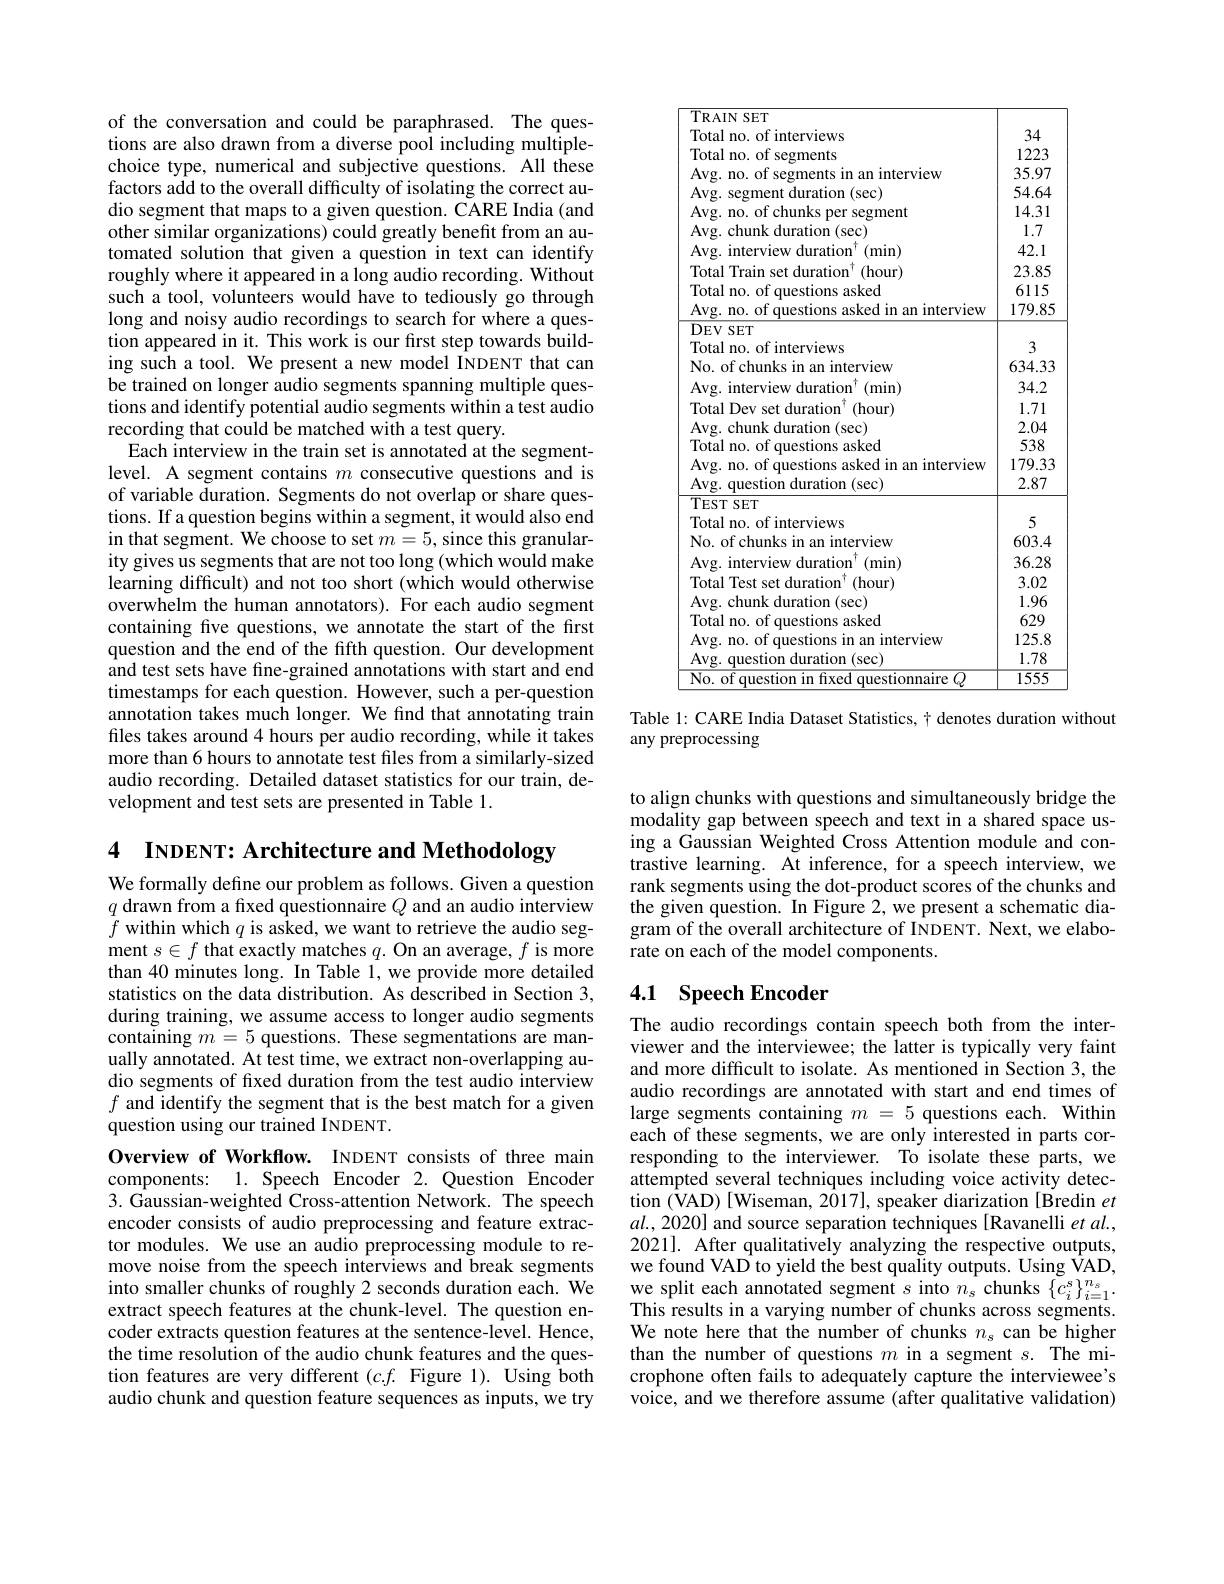
of the conversation and could be paraphrased. The questions are also drawn from a diverse pool including multiplechoice type, numerical and subjective questions. All these factors add to the overall difficulty of isolating the correct audio segment that maps to a given question. CARE India (and other similar organizations) could greatly benefit from an automated solution that given a question in text can identify roughly where it appeared in a long audio recording. Without such a tool, volunteers would have to tediously go through long and noisy audio recordings to search for where a question appeared in it. This work is our first step towards building such a tool. We present a new model INDENT that can be trained on longer audio segments spanning multiple questions and identify potential audio segments within a test audio recording that could be matched with a test query.
Each interview in the train set is annotated at the segmentlevel. A segment contains $m$ consecutive questions and is of variable duration. Segments do not overlap or share questions. If a question begins within a segment, it would also end in that segment. We choose to set $m=5$, since this granularity gives us segments that are not too long (which would make learning difficult) and not too short (which would otherwise overwhelm the human annotators). For each audio segment containing five questions, we annotate the start of the first question and the end of the ffth question. Our development and test sets have fine-grained annotations with start and end timestamps for each question. However, such a per-question annotation takes much longer. We find that annotating train files takes around 4 hours per audio recording, while it takes more than 6 hours to annotate test files from a similarly-sized audio recording. Detailed dataset statistics for our train, development and test sets are presented in Table 1.

4 INDENT: Architecture and Methodology

We formally define our problem as follows. Given a question $\begin{array}{l}q\text{ drawn from a fixed questionnaire }Q\text{ and an audio interview}\\f\text{ within which }q\text{ is asked, we want to retrieve the audio seg-}\\\end{array}$ ment $s\in f$ that exactly matches $q.$ On an average, $f$ is more than 40 minutes long. In Table 1, we provide more detailed statistics on the data distribution. As described in Section 3, during training, we assume access to longer audio segments containing $m=5$ questions. These segmentations are manually annotated. At test time, we extract non-overlapping audio segments of fxed duration from the test audio interview $f$ and identify the segment that is the best match for a given question using our trained INDENT.
Overview of Workflow. INDENT consists of three main components: 1. Speech Encoder 2. Question Encoder 3. Gaussian-weighted Cross-attention Network. The speech encoder consists of audio preprocessing and feature extractor modules. We use an audio preprocessing module to remove noise from the speech interviews and break segments into smaller chunks of roughly 2 seconds duration each. We extract speech features at the chunk-level. The question encoder extracts question features at the sentence-level. Hence, the time resolution of the audio chunk features and the question features are very different $(c.f.$ Figure 1). Using both audio chunk and question feature sequences as inputs, we try

<table>
	<tbody>
		<tr>
			<td>$TRAINSET$</td>
			<td> </td>
		</tr>
		<tr>
			<td>rotal mr $1f$ V1ews</td>
			<td>34</td>
		</tr>
		<tr>
			<td>10ta $n0.$ $Of$ ments</td>
			<td>1223</td>
		</tr>
		<tr>
			<td>$mo$ 1M an 1mte V1ew</td>
			<td>35.97</td>
		</tr>
		<tr>
			<td>Avg. segment duration (sec)</td>
			<td>54.64</td>
		</tr>
		<tr>
			<td>chunks A $0f$ segment</td>
			<td>14.31</td>
		</tr>
		<tr>
			<td>Avg. chunk duration (sec)</td>
			<td>1.7</td>
		</tr>
		<tr>
			<td>Avg. interview duration (min</td>
			<td>42.1</td>
		</tr>
		<tr>
			<td>Total Train set duration (hour)</td>
			<td>23.85</td>
		</tr>
		<tr>
			<td>asked |mtal $n0.$</td>
			<td>6115</td>
		</tr>
		<tr>
			<td>Avg. no. of questions asked in an interview</td>
			<td>179.85</td>
		</tr>
		<tr>
			<td>$\overline{\mathrm{DEVSET}}$</td>
			<td> </td>
		</tr>
		<tr>
			<td>views 10ta $n0$</td>
			<td>3</td>
		</tr>
		<tr>
			<td>interview Na $0^{\dagger}$</td>
			<td>634.33</td>
		</tr>
		<tr>
			<td>Avg. interview duration (min</td>
			<td>34.2</td>
		</tr>
		<tr>
			<td>Total Dev set duration (hour)</td>
			<td>1.71</td>
		</tr>
		<tr>
			<td> </td>
			<td>1.11</td>
		</tr>
		<tr>
			<td>$0n$ (sec)</td>
			<td>2.04</td>
		</tr>
		<tr>
			<td>asked Mtal</td>
			<td>538</td>
		</tr>
		<tr>
			<td>interv1ew</td>
			<td>179.33</td>
		</tr>
		<tr>
			<td>Avg. question duration (sec)</td>
			<td>2.87</td>
		</tr>
		<tr>
			<td>TEST SET</td>
			<td> </td>
		</tr>
		<tr>
			<td>rotal mr $1f$ V1ews</td>
			<td>5</td>
		</tr>
		<tr>
			<td>No. of chunks in an interview</td>
			<td>603.4</td>
		</tr>
		<tr>
			<td>Avg. interview duration (min)</td>
			<td>36.28</td>
		</tr>
		<tr>
			<td>Total Test set duration (hour) 1</td>
			<td>3.02</td>
		</tr>
		<tr>
			<td>(sec) at10n</td>
			<td>1.96</td>
		</tr>
		<tr>
			<td>asked 10ta $n0.$</td>
			<td>629</td>
		</tr>
		<tr>
			<td>117 an V1PW</td>
			<td>125.8</td>
		</tr>
		<tr>
			<td>Avg. question duration (sec)</td>
			<td>1.78</td>
		</tr>
		<tr>
			<td>Nr naire</td>
			<td>$\overline{1555}$</td>
		</tr>
	</tbody>
</table>
Table 1: CARE India Dataset Statistics, $\dagger$ denotes duration without

any preprocessing

to align chunks with questions and simultaneously bridge the modality gap between speech and text in a shared space using a Gaussian Weighted Cross Attention module and contrastive learning. At inference, for a speech interview, we rank segments using the dot-product scores of the chunks and the given question. In Figure 2, we present a schematic diagram of the overall architecture of INDENT. Next, we elaborate on each of the model components.

## 4.1 Speech Encoder

The audio recordings contain speech both from the interviewer and the interviewee; the latter is typically very faint and more difficult to isolate. As mentioned in Section 3, the audio recordings are annotated with start and end times of large segments containing $m=5$ questions each. Within each of these segments, we are only interested in parts corresponding to the interviewer. To isolate these parts, we attempted several techniques including voice activity detection (VAD) [Wiseman, 2017], speaker diarization [Bredin $et$ $al.,2020]$ and source separation techniques[Ravanelli et al., 2021]. After qualitatively analyzing the respective outputs, we found VAD to yield the best quality outputs. Using VAD, we split each annotated segment $s$ into $n_s$ chunks $\{c_i^s\}_{i=1}^{n_s}.$ This results in a varying number of chunks across segments. We note here that the number of chunks $n_s$ can be higher than the number of questions $m$ in a segment $s.$ The microphone often fails to adequately capture the interviewee's voice, and we therefore assume (after qualitative validation)